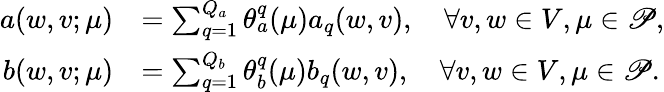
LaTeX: \begin{array}{rl}{a(w,v;{\mu})}&{=\sum_{q=1}^{Q_{a}}\theta_{a}^{q}({\mu})a_{q}(w,v),\quad\forall v,w\in V,{\mu}\in\mathscr{P},}\\ {b(w,v;{\mu})}&{=\sum_{q=1}^{Q_{b}}\theta_{b}^{q}({\mu})b_{q}(w,v),\quad\forall v,w\in V,{\mu}\in\mathscr{P}.}\end{array}